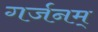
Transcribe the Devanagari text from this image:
गर्जनम्‌